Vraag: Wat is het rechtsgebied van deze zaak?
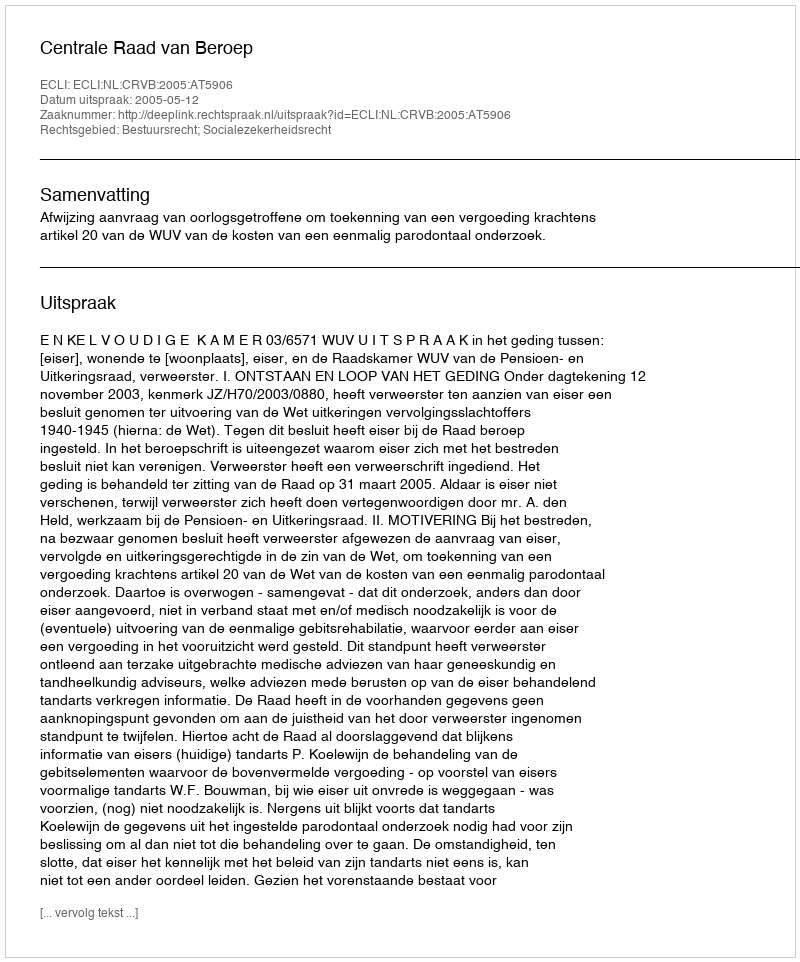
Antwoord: Bestuursrecht; Socialezekerheidsrecht